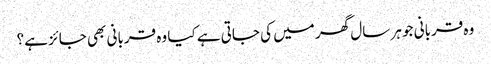
وہ قربانی جو ہر سال گھر میں کی جاتی ہے کیا وہ قربانی بھی جائز ہے؟